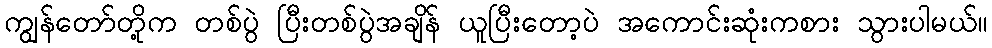
ကျွန်တော်တို့က တစ်ပွဲ ပြီးတစ်ပွဲအချိန် ယူပြီးတော့ပဲ အကောင်းဆုံးကစား သွားပါမယ်။